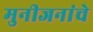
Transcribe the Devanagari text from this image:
मुनीजनांचे